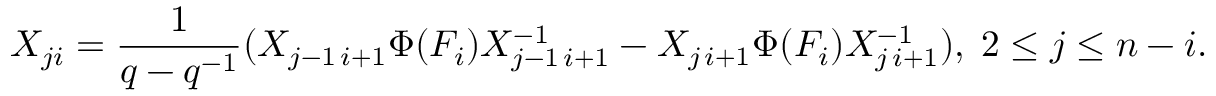
X _ { j i } = \frac { 1 } { q - q ^ { - 1 } } ( X _ { j - 1 \, i + 1 } \Phi ( F _ { i } ) X _ { j - 1 \, i + 1 } ^ { - 1 } - X _ { j \, i + 1 } \Phi ( F _ { i } ) X _ { j \, i + 1 } ^ { - 1 } ) , \; 2 \leq j \leq n - i .